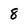
Character: 8